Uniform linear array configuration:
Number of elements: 32
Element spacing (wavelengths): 0.5
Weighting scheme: kaiser
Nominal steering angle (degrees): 30
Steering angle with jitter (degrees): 30.618
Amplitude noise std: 0.05
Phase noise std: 0.05

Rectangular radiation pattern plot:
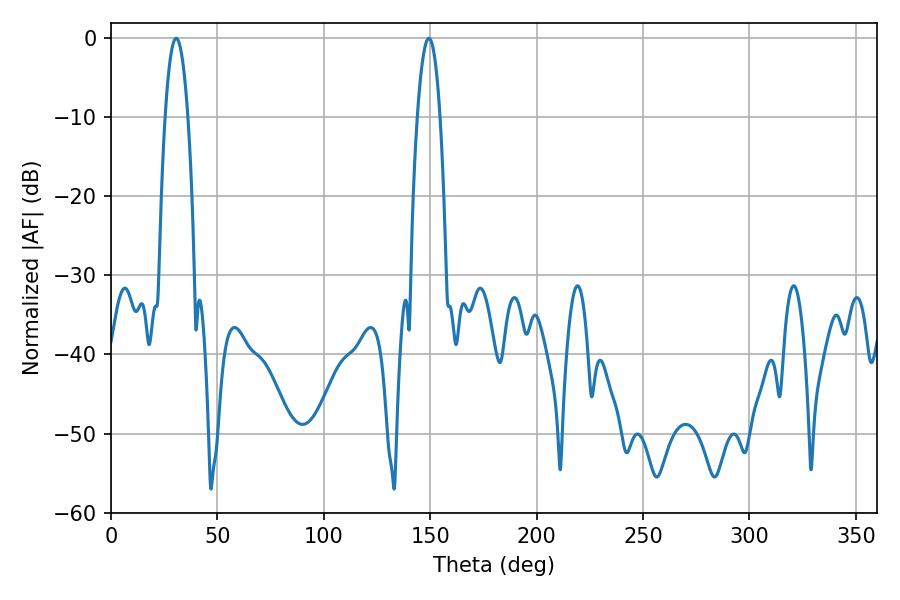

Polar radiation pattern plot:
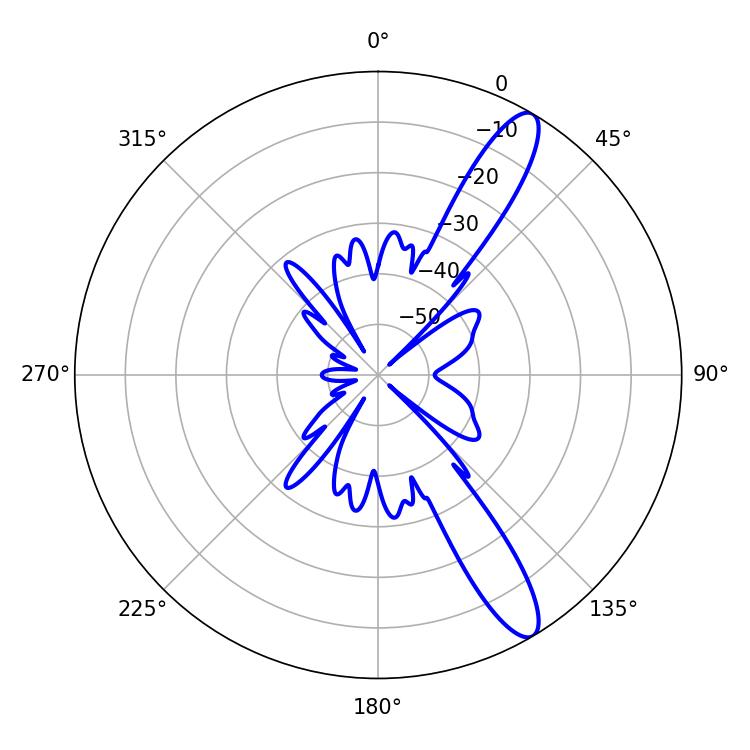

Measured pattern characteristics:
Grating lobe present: FALSE
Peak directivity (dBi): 12.472
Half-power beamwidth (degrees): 5.94
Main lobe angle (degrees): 30.6